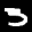
Label: 3